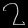
Digit: ၇